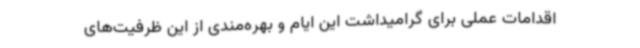
اقدامات عملی برای گرامیداشت این ایام و بهره‌مندی از این ظرفیت‌های